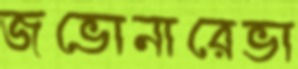
জভোনারেভা